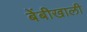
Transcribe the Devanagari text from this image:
बेंबीखाली